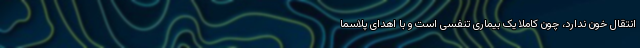
انتقال خون ندارد، چون کاملا یک بیماری تنفسی است و با اهدای پلاسما